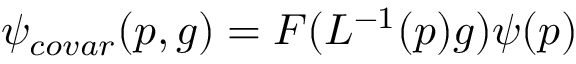
\psi _ { c o v a r } ( p , g ) = F ( L ^ { - 1 } ( p ) g ) \psi ( p )